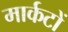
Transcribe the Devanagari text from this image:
मार्कटों